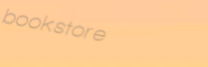
bookstore